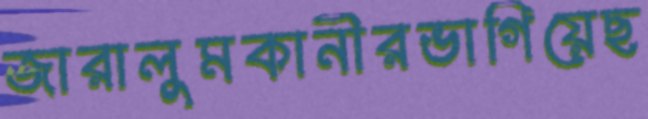
জারালুমকানীরভাগিয়েছ